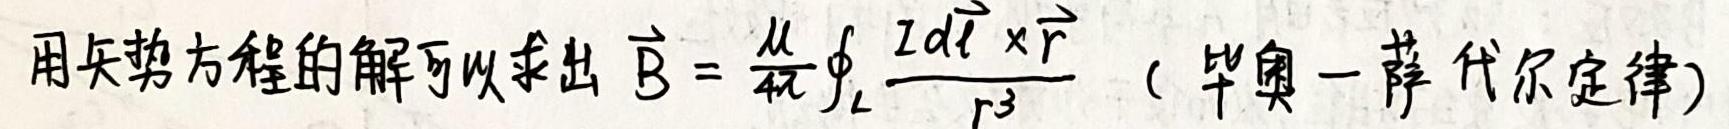
用矢势方程的解可以求出 $\vec{B} = \frac{\mu}{4\pi}\oint_{L} \frac{Id\vec{l} \times \vec{r}}{r^{3}}$ （毕奥 - 萨伐尔定律）